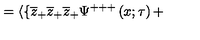
= \langle \{ \overline { { z } } _ { + } \overline { { z } } _ { + } \overline { { z } } _ { + } \Psi ^ { + + + } \left( x ; \tau \right) +